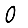
Digit: 0